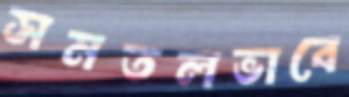
সমতলভাবে